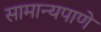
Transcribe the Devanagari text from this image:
सामान्यपाणे